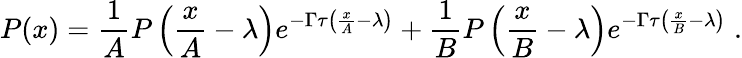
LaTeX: P(x)=\frac{1}{A}P\left(\frac{x}{A}-\lambda\right)e^{-\Gamma\tau\left(\frac{x}{A}-\lambda\right)}+\frac{1}{B}P\left(\frac{x}{B}-\lambda\right)e^{-\Gamma\tau\left(\frac{x}{B}-\lambda\right)}\; .